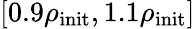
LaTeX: [0.9\rho_{\mathrm{init}},1.1\rho_{\mathrm{init}}]